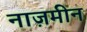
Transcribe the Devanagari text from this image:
नाज़मीन